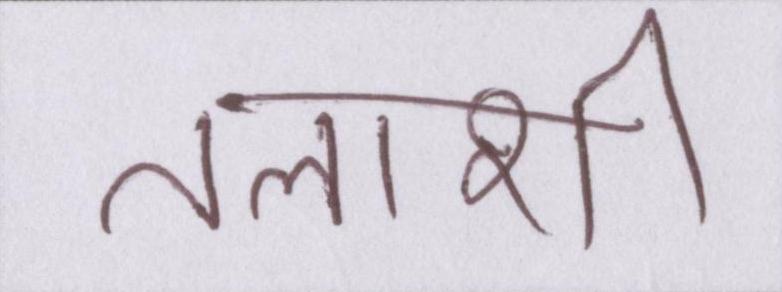
तलाशी